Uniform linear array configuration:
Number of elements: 64
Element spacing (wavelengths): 0.5
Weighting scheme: kaiser
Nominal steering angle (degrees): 15
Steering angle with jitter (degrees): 16.888
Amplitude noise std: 0.05
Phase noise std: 0.05

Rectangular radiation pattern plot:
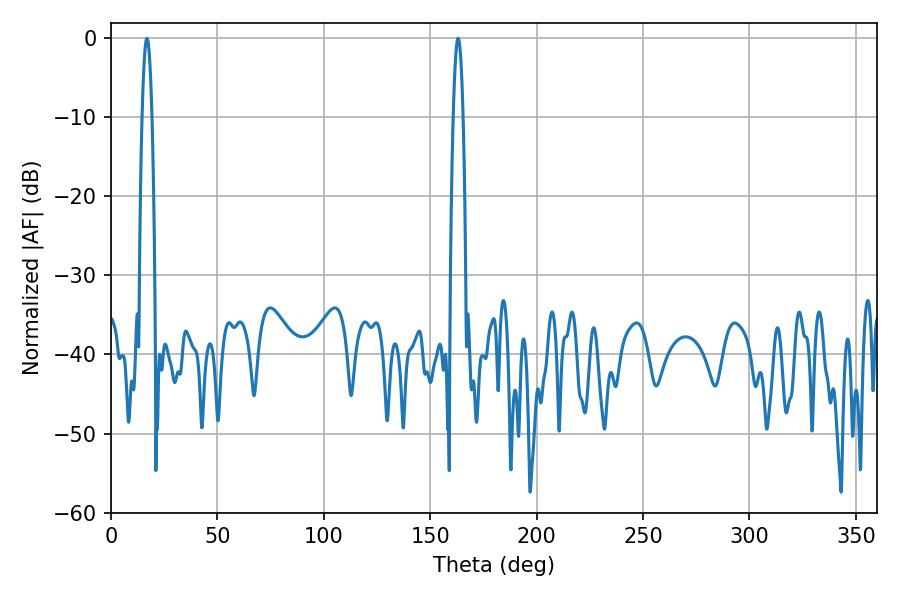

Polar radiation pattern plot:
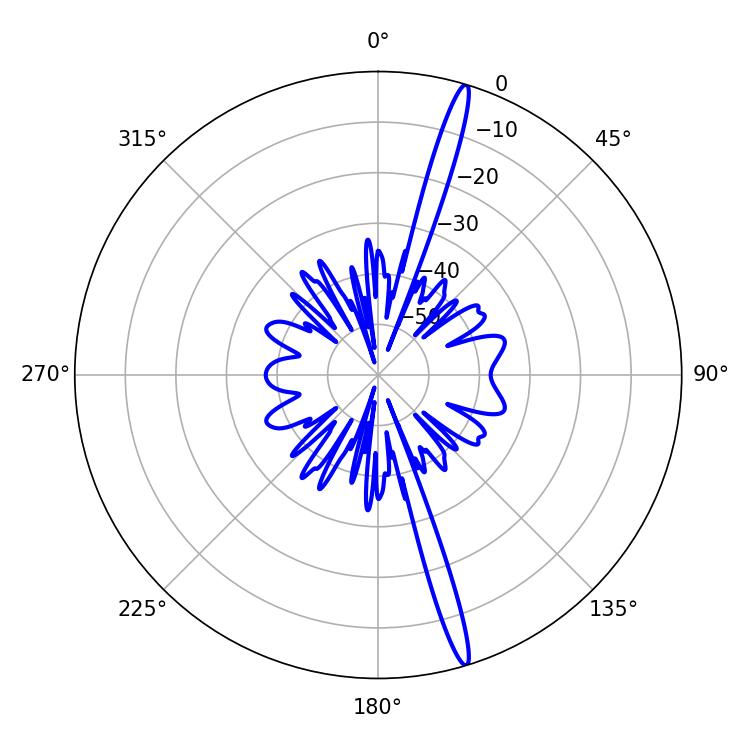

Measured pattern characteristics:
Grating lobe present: FALSE
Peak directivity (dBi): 18.493
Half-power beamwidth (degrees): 2.52
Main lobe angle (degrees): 163.08